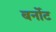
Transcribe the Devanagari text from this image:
बर्नोट